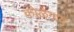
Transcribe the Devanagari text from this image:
कोळेगाव